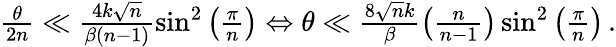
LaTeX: \begin{array}{r}{\frac{\theta}{2n}\ll\frac{4k\sqrt{n}}{\beta(n-1)}\sin^{2}\left(\frac{\pi}{n}\right)\Leftrightarrow\theta\ll\frac{8\sqrt{n}k}{\beta}\left(\frac{n}{n-1}\right)\sin^{2}\left(\frac{\pi}{n}\right)\, .}\end{array}